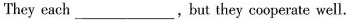
They each___，but they cooperate well.